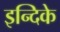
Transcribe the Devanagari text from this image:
इन्दिके